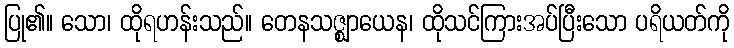
ပြု၏။ သော၊ ထိုရဟန်းသည်။ တေနသဇ္ဈာယေန၊ ထိုသင်ကြားအပ်ပြီးသော ပရိယတ်ကို